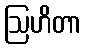
ဩဟိတာ